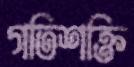
গতিশক্তি